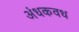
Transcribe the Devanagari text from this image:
अंधकवध